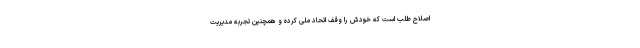
اصلاح طلب است که خودش را وقف اتحاد ملی کرده و همچنین تجربه مدیریت